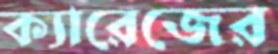
ক্যারেজের